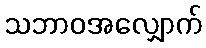
သဘာဝအလျှောက်